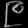
Digit: ၉